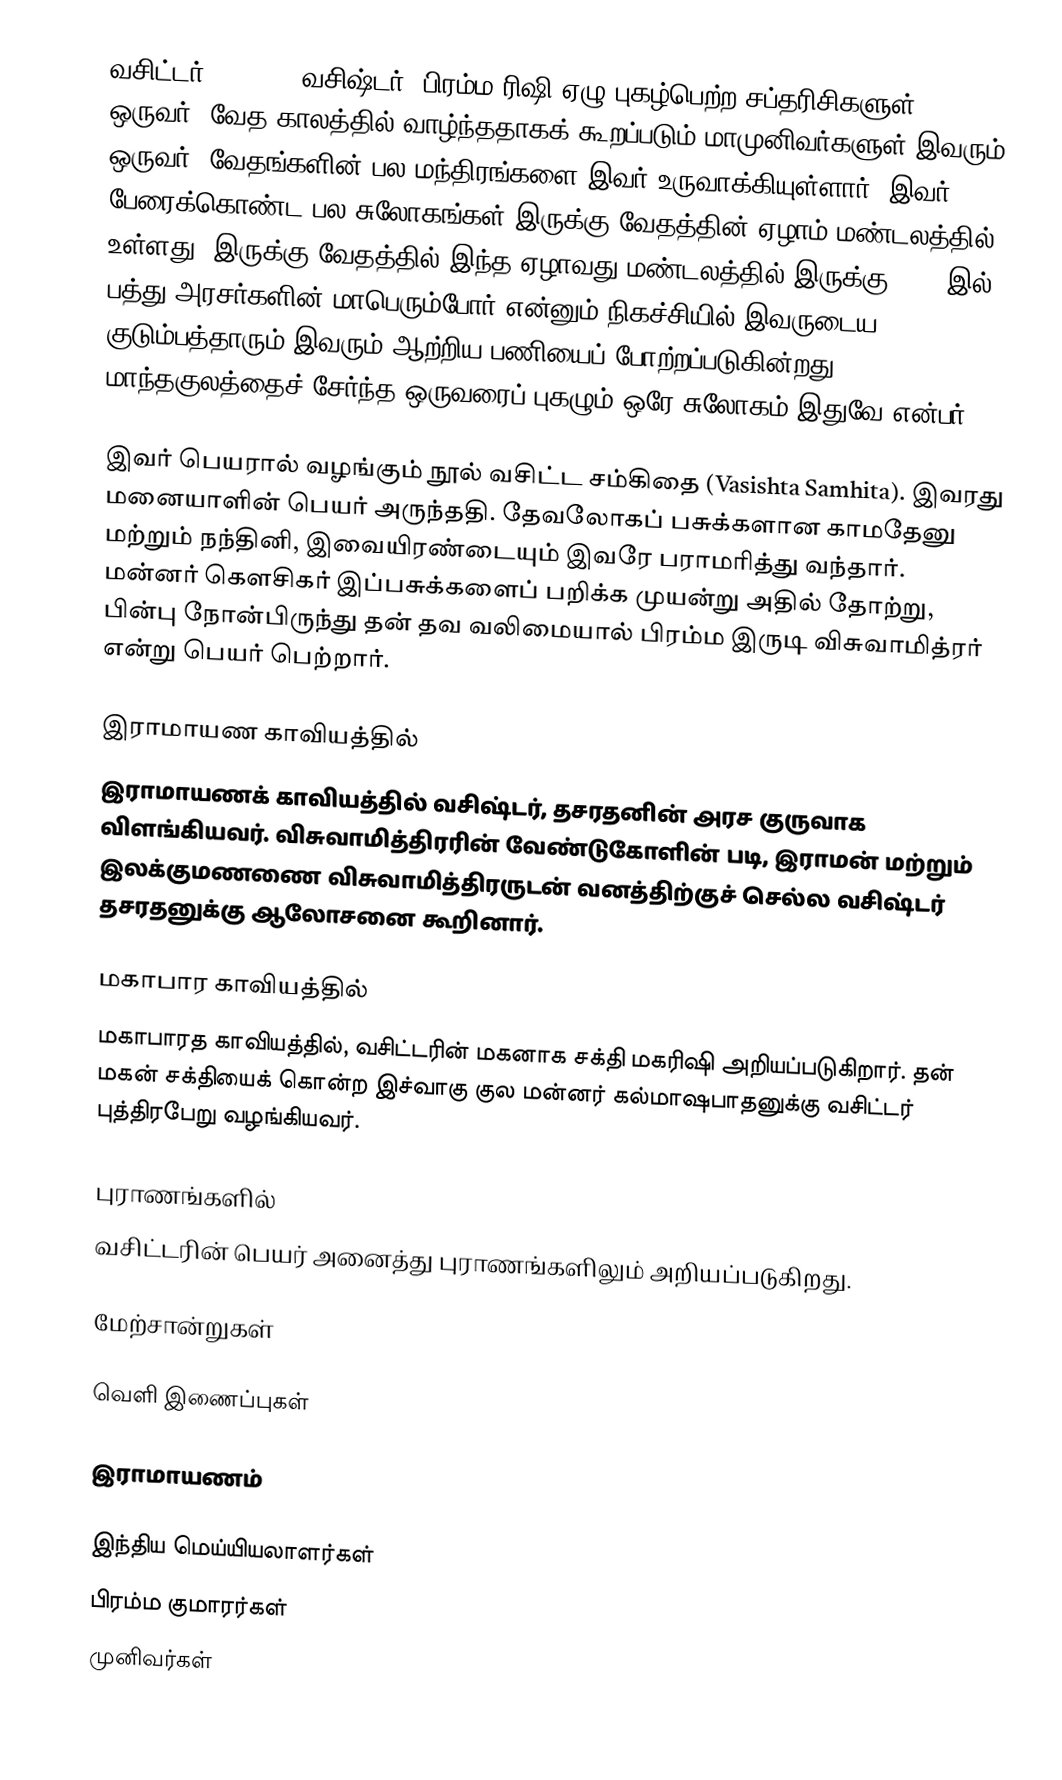
வசிட்டர் (वसिष्ठ, வசிஷ்டர்) பிரம்ம ரிஷி ஏழு புகழ்பெற்ற சப்தரிசிகளுள் ஒருவர். வேத காலத்தில் வாழ்ந்ததாகக் கூறப்படும் மாமுனிவர்களுள் இவரும் ஒருவர். வேதங்களின்  பல மந்திரங்களை இவர் உருவாக்கியுள்ளார். இவர் பேரைக்கொண்ட பல சுலோகங்கள் இருக்கு வேதத்தின் ஏழாம் மண்டலத்தில் உள்ளது. இருக்கு வேதத்தில் இந்த ஏழாவது மண்டலத்தில் இருக்கு 7.33 இல், பத்து அரசர்களின் மாபெரும்போர் என்னும் நிகச்சியில் இவருடைய குடும்பத்தாரும் இவரும் ஆற்றிய பணியைப் போற்றப்படுகின்றது. மாந்தகுலத்தைச் சேர்ந்த ஒருவரைப் புகழும் ஒரே சுலோகம் இதுவே என்பர்.

இவர் பெயரால் வழங்கும் நூல் வசிட்ட சம்கிதை (Vasishta Samhita). இவரது மனையாளின் பெயர் அருந்ததி. தேவலோகப் பசுக்களான  காமதேனு மற்றும் நந்தினி, இவையிரண்டையும் இவரே பராமரித்து வந்தார். மன்னர் கௌசிகர் இப்பசுக்களைப் பறிக்க முயன்று அதில் தோற்று, பின்பு நோன்பிருந்து தன் தவ வலிமையால் பிரம்ம இருடி விசுவாமித்ரர் என்று பெயர் பெற்றார்.

இராமாயண காவியத்தில்
இராமாயணக் காவியத்தில் வசிஷ்டர், தசரதனின் அரச குருவாக விளங்கியவர். விசுவாமித்திரரின் வேண்டுகோளின் படி, இராமன் மற்றும் இலக்குமணணை விசுவாமித்திரருடன் வனத்திற்குச் செல்ல வசிஷ்டர் தசரதனுக்கு ஆலோசனை கூறினார்.

மகாபார காவியத்தில்
மகாபாரத காவியத்தில், வசிட்டரின் மகனாக சக்தி மகரிஷி அறியப்படுகிறார். தன் மகன் சக்தியைக் கொன்ற இச்வாகு குல மன்னர் கல்மாஷபாதனுக்கு வசிட்டர் புத்திரபேறு வழங்கியவர்.

புராணங்களில்
வசிட்டரின் பெயர் அனைத்து புராணங்களிலும் அறியப்படுகிறது.

மேற்சான்றுகள்

வெளி இணைப்புகள்

 இராமாயணம்

இந்திய மெய்யியலாளர்கள்
பிரம்ம குமாரர்கள்
முனிவர்கள்